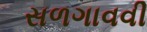
સળગાવવી